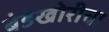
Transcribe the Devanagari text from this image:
बंडखोरीचा